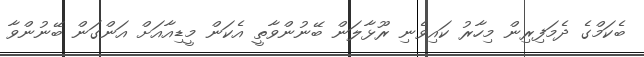
ބެކަމްގެ ދެމަފިރިން މިހާރު ކައިވެނި ރޫޅާލަން ބޭނުންވާތީ އެކަން މީޑިއާއަށް އަންގަން ބޭނުންވާ